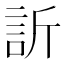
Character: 訢